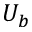
U _ { b }